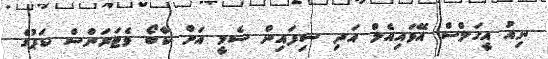
ނިއު އީގަލްސް އޭވައިއެލް އަދި ސިފައިން ސެމީ އަށް ކާބޯ ވެޓަރަންސް ކަޕުގެ